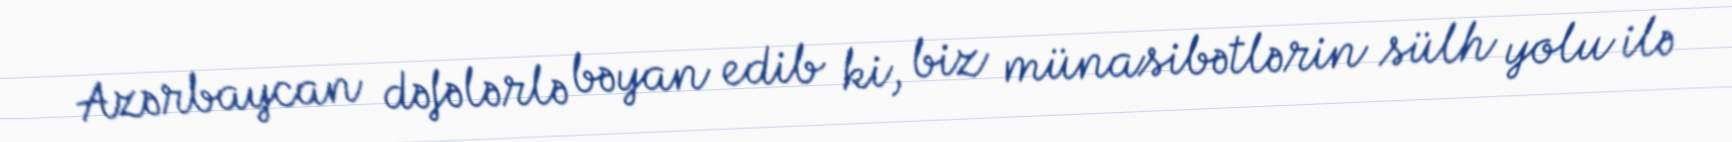
Azərbaycan dəfələrlə bəyan edib ki, biz münasibətlərin sülh yolu ilə